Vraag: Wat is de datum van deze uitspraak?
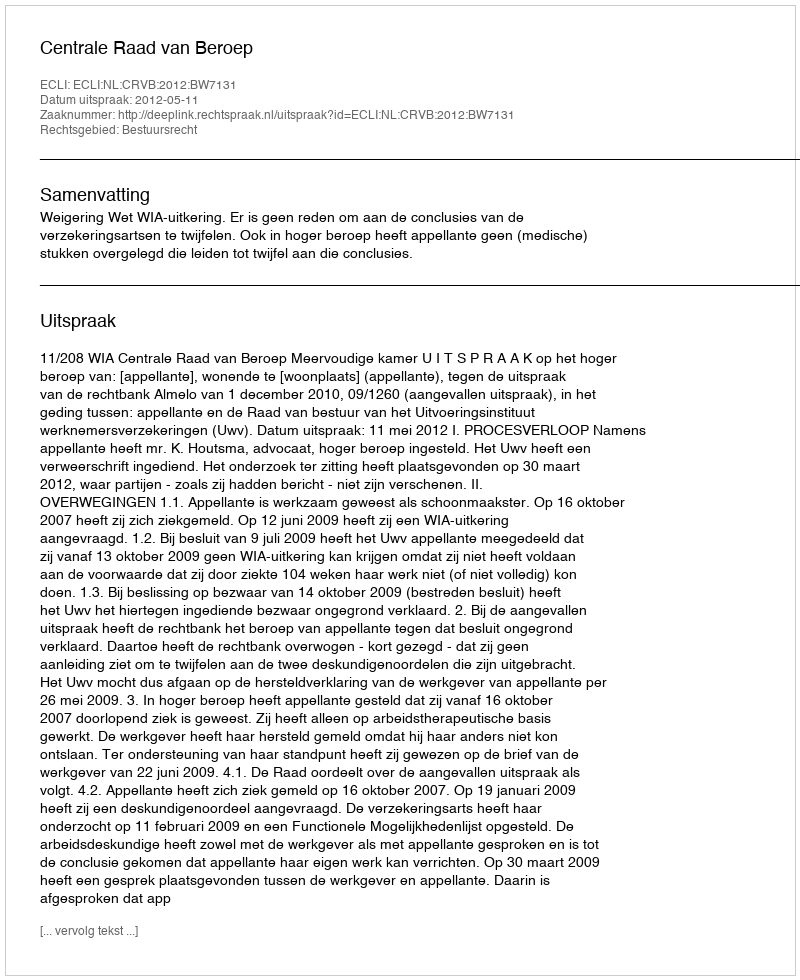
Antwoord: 2012-05-11